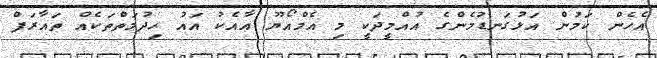
އެހެން ކަމުން އަޅުގަނޑުމެންގެ އުއްމީދަކީ މި އެމްއޯޔޫ އާއެކު އައު ހިދުމަތްތަކެއް ތައާރަފް